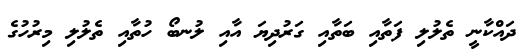
ދައްކާނީ ތެލުލި ފަތާއި ބަތާއި ގަރުދިޔަ އާއި ލުނބޯ ހުތާއި ތެލުލި މިރުހުގެ